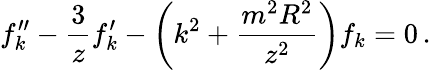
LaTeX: f_{k}^{\prime\prime}-{\frac{3}{z}}f_{k}^{\prime}-\left(k^{2}+{\frac{m^{2}R^{2}}{z^{2}}}\right)f_{k}=0\, .